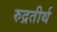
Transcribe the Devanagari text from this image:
रुद्रतीर्थ